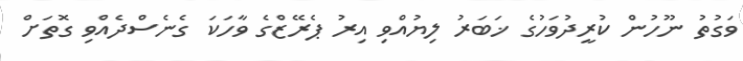
ވަގުތު ނޫހުން ކުރީދުވަހުގެ ޚަބަރު ލިޔުއްވި އިރު ޕެރޭޒްގެ ވާހަކަ ގެނެސްދެއްވި ގޮތަށް